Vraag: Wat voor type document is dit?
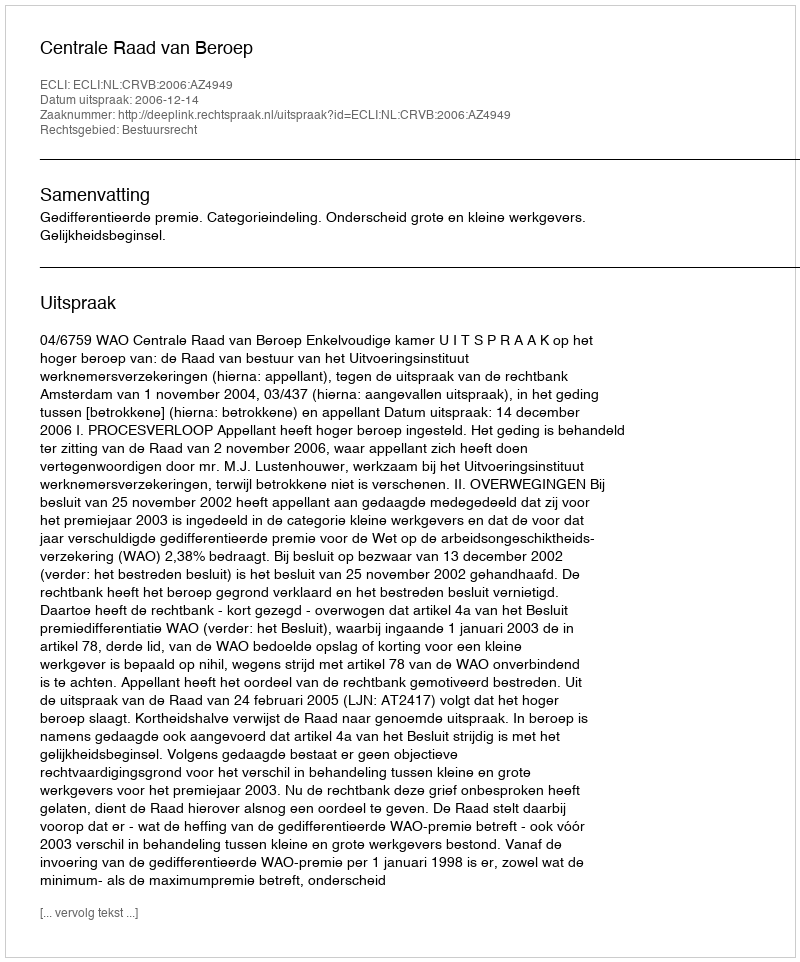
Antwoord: Uitspraak